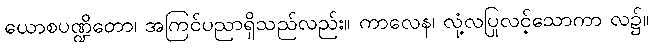
ယောစပဏ္ဍိတော၊ အကြင်ပညာရှိသည်လည်း။ ကာလေန၊ လုံ့လပြုလင့်သောကာ လ၌။